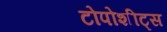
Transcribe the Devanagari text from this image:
टोपोशीट्स